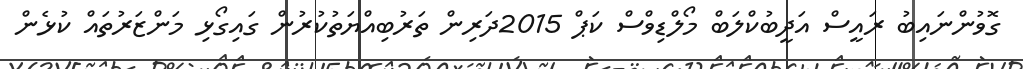
ގޮވުންނައިބު ރައީސް އަދީބުކްލަބް މޯލްޑިވްސް ކަޕް 2015ދަރިން ތަރުބިއްޔަތުކުރުން ގައިގޯޅި މަންޒަރުތައް ކުޅެން